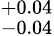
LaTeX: ^{+0.04}_{-0.04}